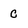
Character: C